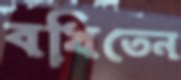
বখিতেন